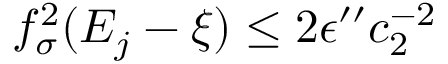
f _ { \sigma } ^ { 2 } ( E _ { j } - \xi ) \le 2 \epsilon ^ { \prime \prime } c _ { 2 } ^ { - 2 }